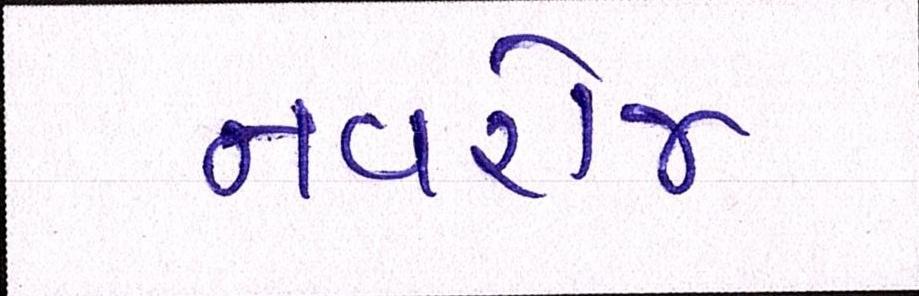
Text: નવરોજ